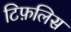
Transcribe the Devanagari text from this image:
टिफ़लिस